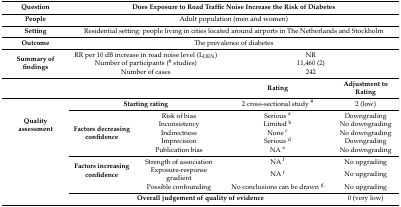
<table><thead><tr><td><b>Question</b></td><td colspan="4"><b>Does Exposure to Road Traffic Noise Increase the Risk of Diabetes</b></td></tr></thead><tbody><tr><td><b>People</b></td><td colspan="4">Adult population (men and women)</td></tr><tr><td><b>Setting</b></td><td colspan="4">Residential setting: people living in cities located around airports in The Netherlands and Stockholm</td></tr><tr><td><b>Outcome</b></td><td colspan="4">The prevalence of diabetes</td></tr><tr><td rowspan="3"><b>Summary of findings</b></td><td colspan="2">RR per 10 dB increase in road noise level (L<sub>DEN</sub>)</td><td colspan="2">NR</td></tr><tr><td colspan="2">Number of participants (<sup>#</sup> studies)</td><td colspan="2">11,460 (2)</td></tr><tr><td colspan="2">Number of cases</td><td colspan="2">242</td></tr><tr><td colspan="3"></td><td><b>Rating</b></td><td><b>Adjustment to Rating</b></td></tr><tr><td rowspan="6"><b>Quality assessment</b></td><td colspan="2"><b>Starting rating</b></td><td>2 cross-sectional study <sup>#</sup></td><td>2 (low)</td></tr><tr><td rowspan="5"><b>Factors decreasing confidence</b></td><td>Risk of bias</td><td>Serious <sup>a</sup></td><td>Downgrading</td></tr><tr><td>Inconsistency</td><td>Limited <sup>b</sup></td><td>No downgrading</td></tr><tr><td>Indirectness</td><td>None <sup>c</sup></td><td>No downgrading</td></tr><tr><td>Imprecision</td><td>Serious <sup>d</sup></td><td>Downgrading</td></tr><tr><td>Publication bias</td><td>NA <sup>e</sup></td><td>No downgrading</td></tr><tr><td rowspan="4"></td><td rowspan="3"><b>Factors increasing confidence</b></td><td>Strength of association</td><td>NA <sup>f</sup></td><td>No upgrading</td></tr><tr><td>Exposure-response gradient</td><td>NA <sup>f</sup></td><td>No upgrading</td></tr><tr><td>Possible confounding</td><td>No conclusions can be drawn <sup>g</sup></td><td>No upgrading</td></tr><tr><td colspan="3"><b>Overall judgement of quality of evidence</b></td><td>0 (very low)</td></tr></tbody></table>